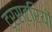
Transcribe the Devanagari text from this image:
ट्रस्ट्रियों